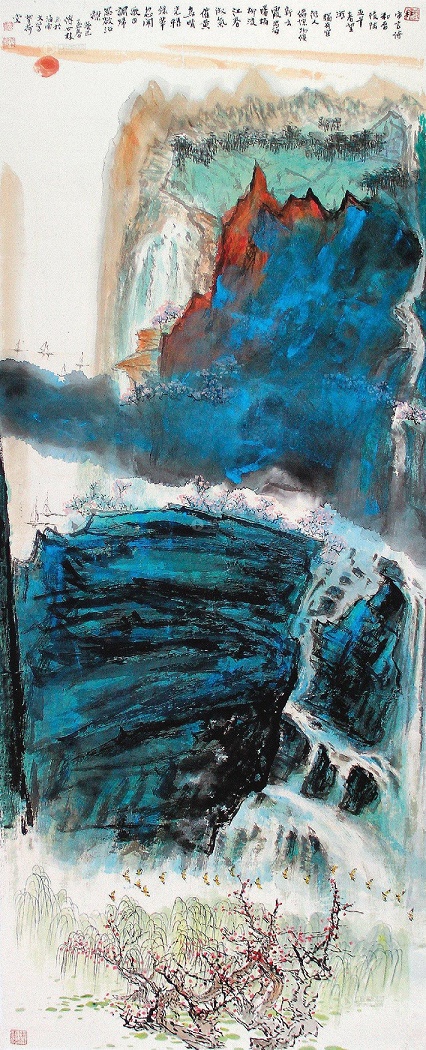
忽闻歌古调，归思欲沾巾。